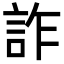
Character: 詐